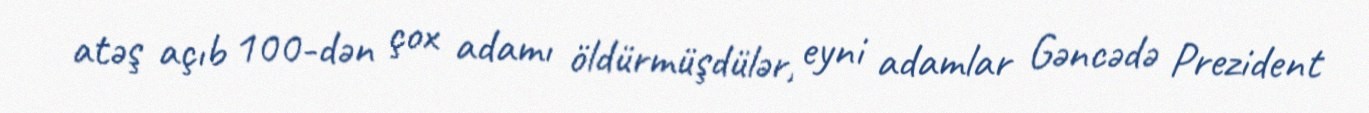
atəş açıb 100-dən çox adamı öldürmüşdülər, eyni adamlar Gəncədə Prezident